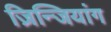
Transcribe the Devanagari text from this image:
ज़िन्जियांग